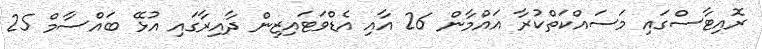
ރޮއިޓާސްގައި މަސައްކަތްކުރާ އައްމާން 26 އާއި އެޑްވަޓައިޒިން ދާއިރާގައި އުޅޭ ބައްސާމް 25